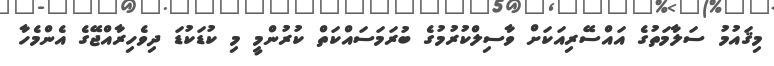
މިޤައުމު ސަލާމަތުގެ އައްސޭރިއަކަށް ވާސިލްކުރުމުގެ ބުރަމަސައްކަތް ކުރުންމީ މި ކުޑަކުޑަ ދިވެހިރާއްޖޭގެ އެންމެހާ